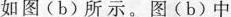
如图(b)所示。图(b)中